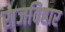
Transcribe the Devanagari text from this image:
राजविहार